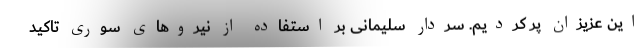
این عزیزان پر کردیم. سردار سلیمانی بر استفاده از نیروهای سوری تاکید